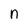
Character: n